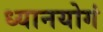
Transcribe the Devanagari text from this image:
ध्यानयोगं